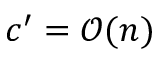
c ^ { \prime } = \mathcal { O } ( n )